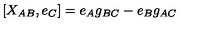
[ X _ { A B } , e _ { C } ] = e _ { A } g _ { B C } - e _ { B } g _ { A C }